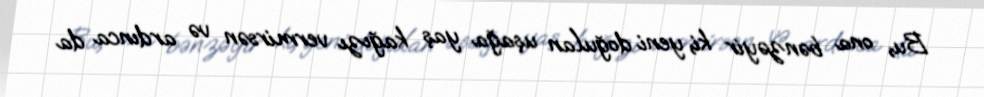
Bu, ona bənzəyir ki, yeni doğulan uşağa yaş kağızı vermirsən və ardınca da